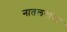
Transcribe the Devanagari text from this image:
नातलगांचा